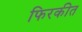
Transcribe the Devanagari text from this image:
फिरकीत